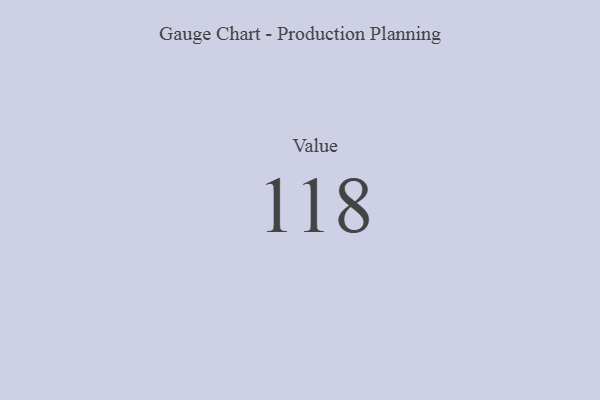
{"axis": {"x": "Metric", "y": "Value"}, "legend": [""], "data": [{"x": "Value", "y": 118, "type": ""}]}